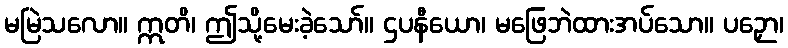
မမြဲသလော။ ဣတိ၊ ဤသို့မေးခဲ့သော်။ ဌပနီယော၊ မဖြေဘဲထားအပ်သော။ ပဉှော၊